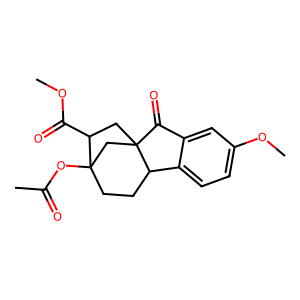
SMILES: COC(=O)C1CC23CC1(OC(C)=O)CCC2c1ccc(OC)cc1C3=O
Inhibits HIV replication: No